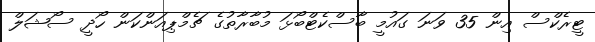
ޓީރެކްސް އިން 35 ވަނަ ގައުމީ ބާސްކެޓްބޯޅަ މުބާރާތުގެ ޗެމްޕިއަންކަން ހޯދީ ސޯޝަލް